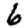
Digit: 6